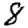
Digit: 8